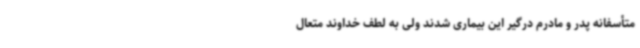
متأسفانه پدر و مادرم درگیر این بیماری شدند ولی به لطف خداوند متعال